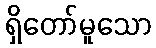
ရှိတော်မူသော